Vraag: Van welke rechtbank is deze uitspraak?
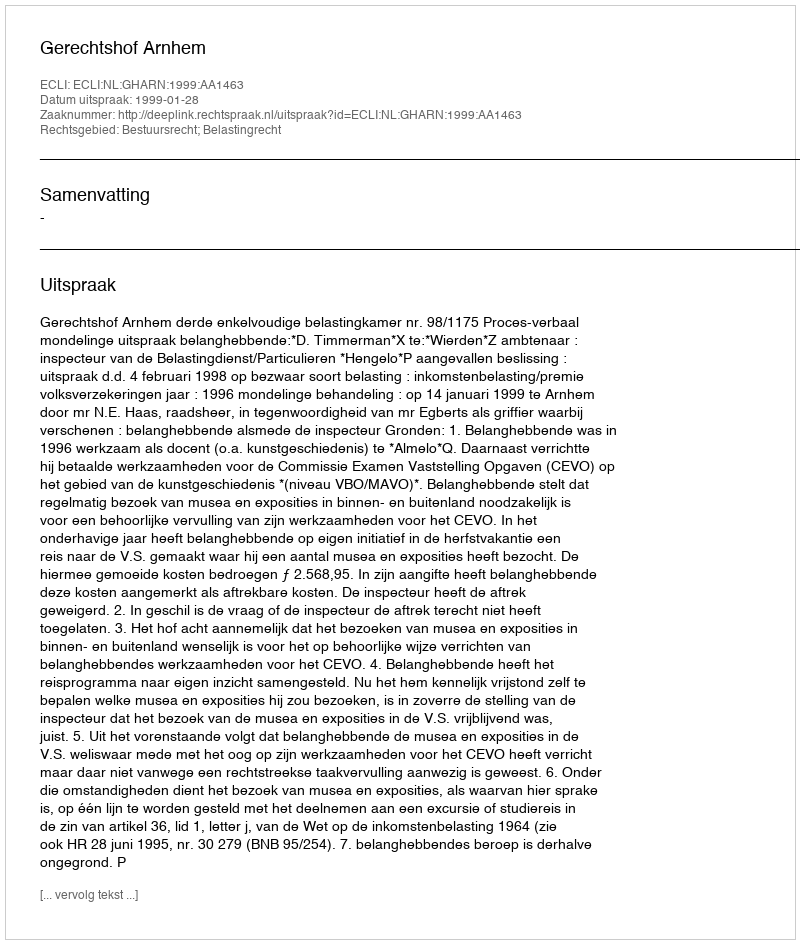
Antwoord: Gerechtshof Arnhem